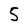
Character: 5